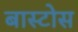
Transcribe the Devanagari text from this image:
बास्टोस